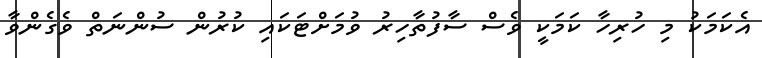
އެކަމަކު މި ހުރިހާ ކަމަކީ ވެސް ސާފުތާހިރު ވުމަށްޓަކައި ކުރުން ސުންނަތް ވެގެންވާ